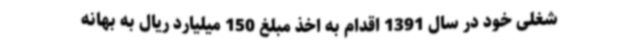
شغلی خود در سال 1391 اقدام به اخذ مبلغ 150 میلیارد ریال به بهانه